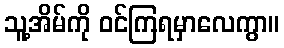
သူ့အိမ်ကို ဝင်ကြရမှာလေကွာ။